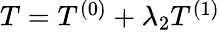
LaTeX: \begin{array}{r}{T=T^{(0)}+\lambda_{2}T^{(1)}}\end{array}